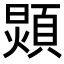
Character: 𩓺